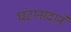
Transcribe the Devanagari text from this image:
घंटानादाने